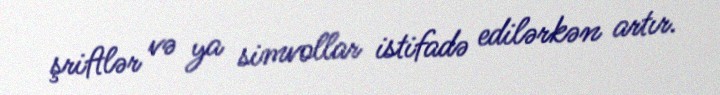
şriftlər və ya simvollar istifadə edilərkən artır.